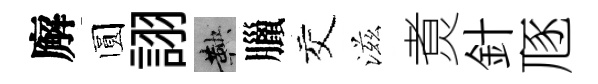
廨圆詡鞅臘交滋煑針豗